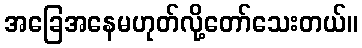
အခြေအနေမဟုတ်လို့တော်သေးတယ်။